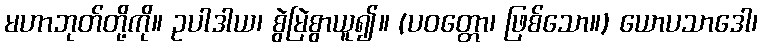
မဟာဘုတ်တို့ကို။ ဥပါဒါယ၊ စွဲမြဲစွာယူ၍။ (ပဝတ္တော၊ ဖြစ်သော။) ယောပသာဒေါ၊